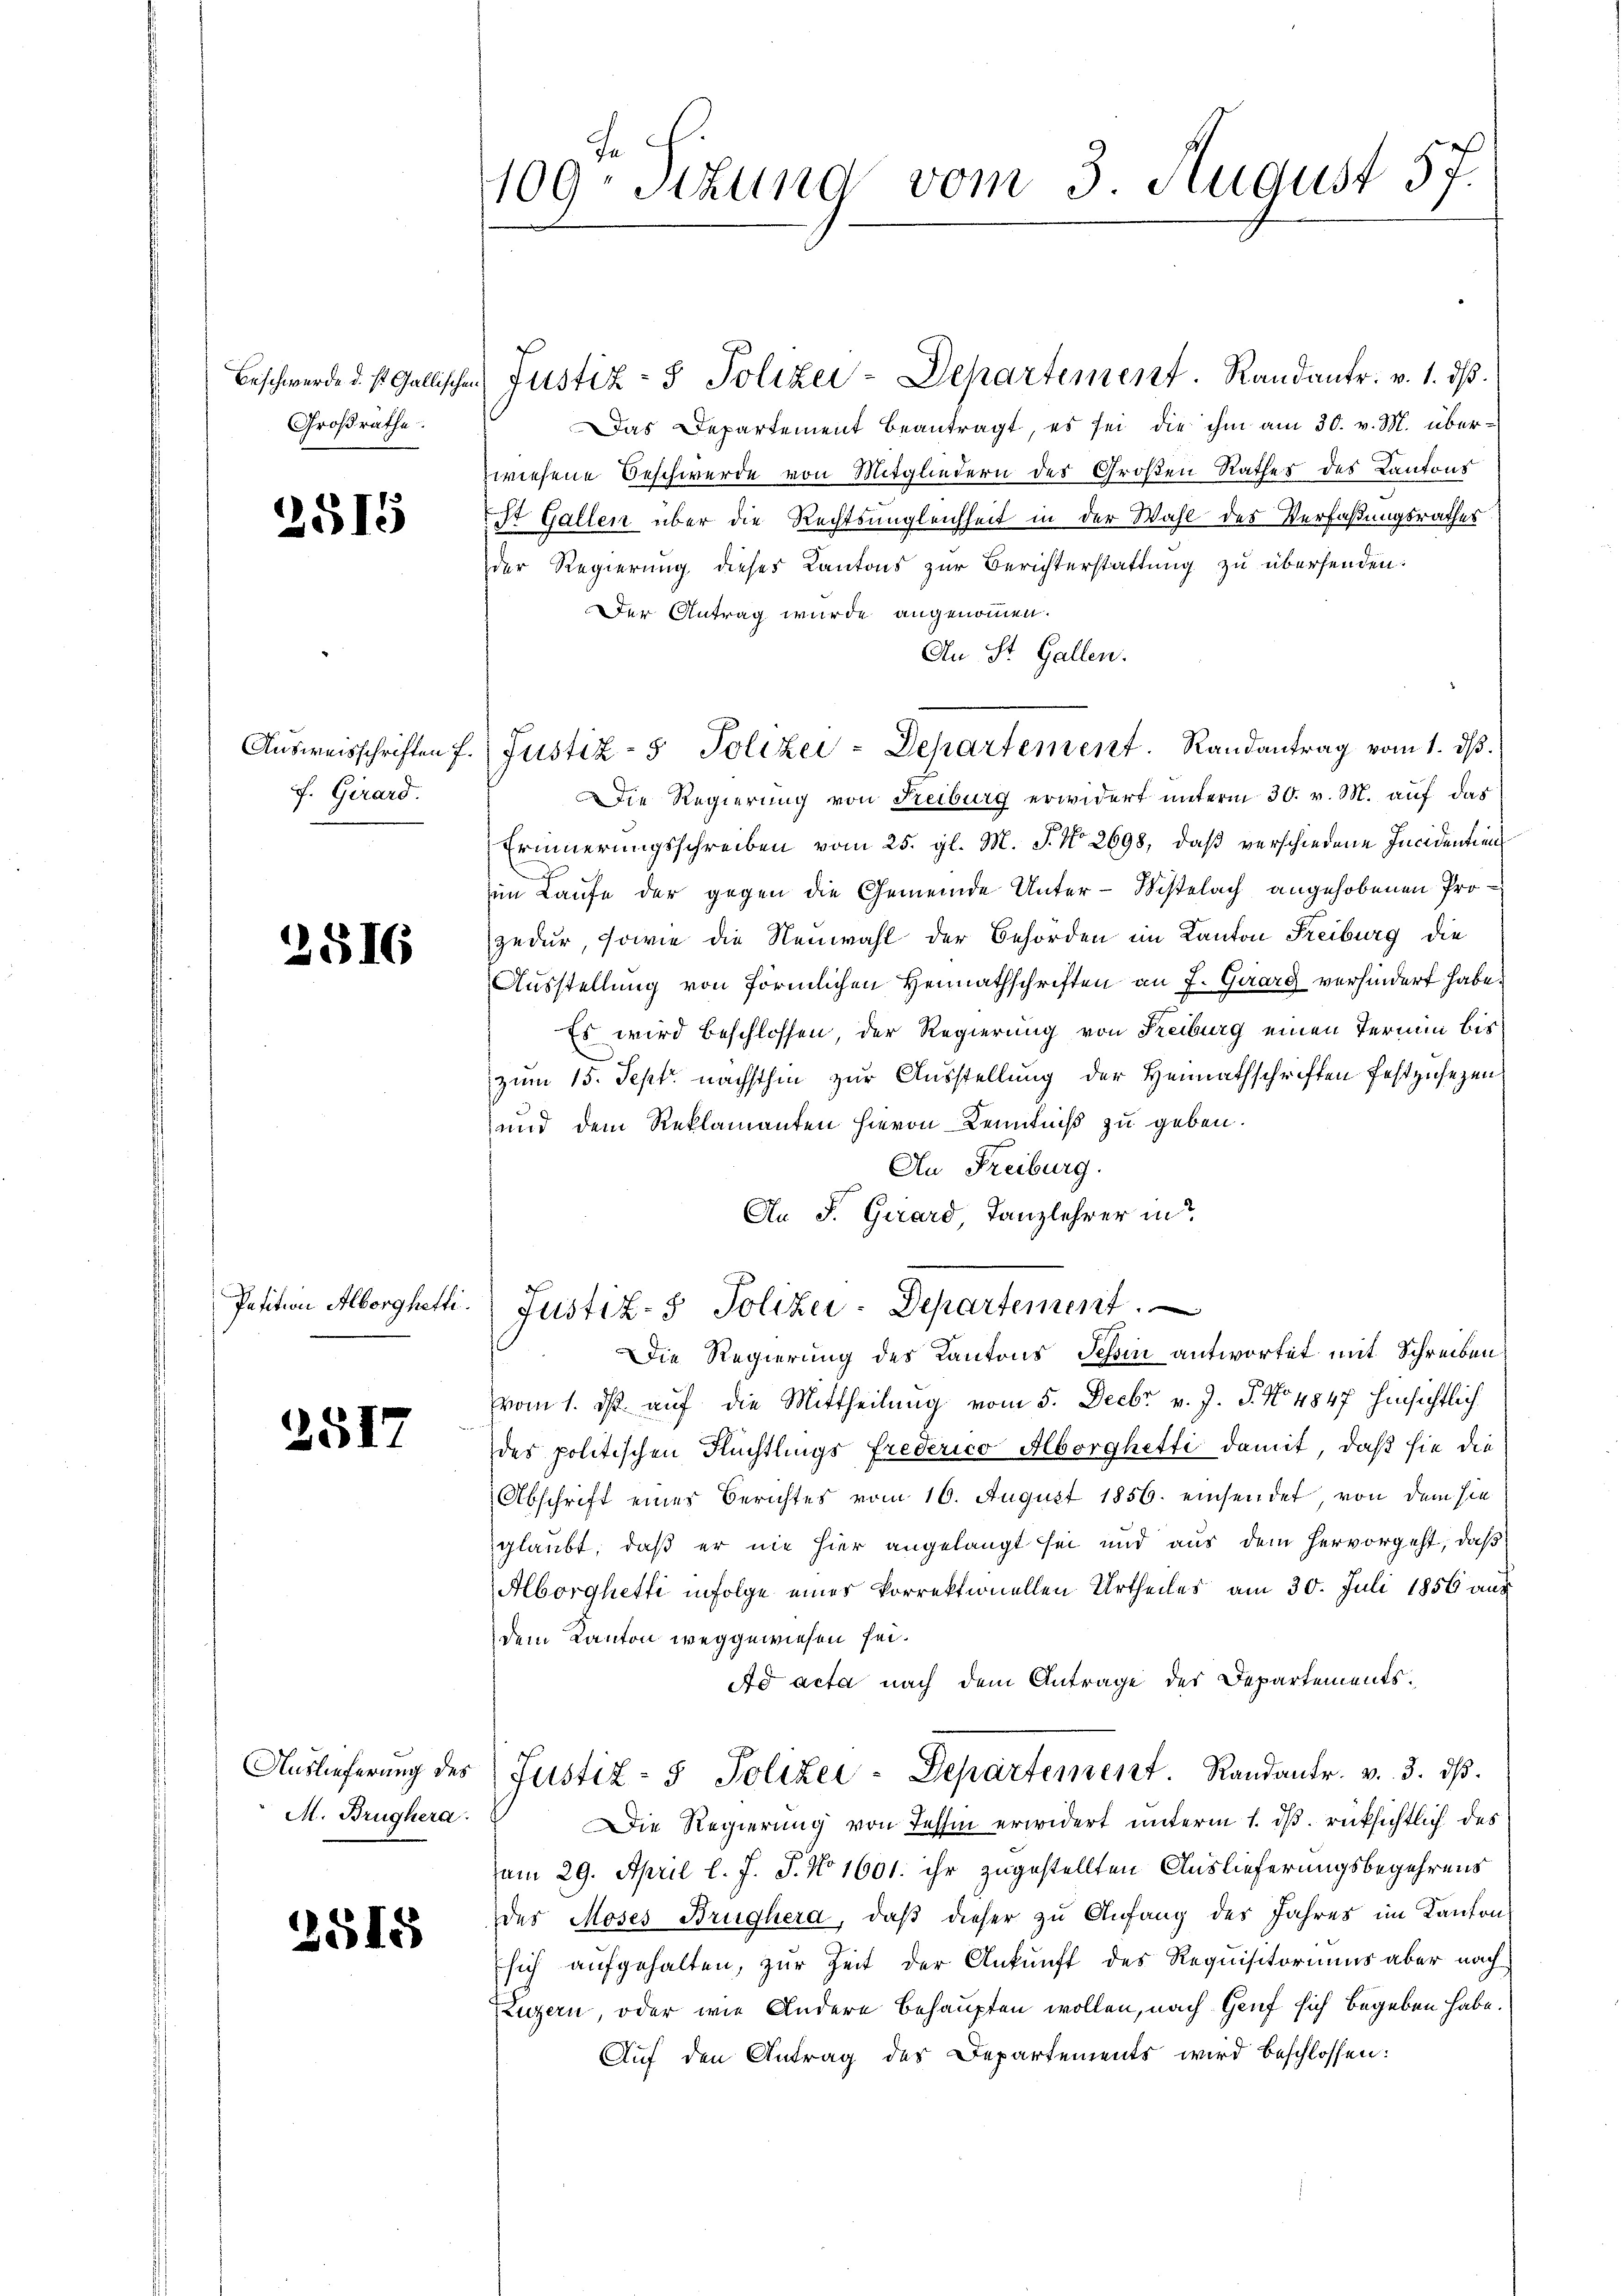
Beschwerde d. st. Gallischen
Großrathe

2515

f. Girard.

2516

2517

M. Brughera

1

2515

109. Sizung vom 3. August 57.

Justiz- & Polizei-Departement. Randantr. v. 1. ds.
Das Departement beantragt, es sei die ihm am 30. v. M. überwiesene Beschwerde von Mitgliedern des Großen Rathes des Kantons
St Gallen über die Rechtsungleichheit in der Wahl des Verfaßungsrathes
der Regierung dieses Kantons zur Berichterstattung zu übersenden.
Der Antrag wurde angenommen.
An St. Gallen.
Die Regierung von Freiburg erwidert unterm 30. v. M. auf das
Erinnerungsschreiben vom 25. gl. M. J. No 2698, daß verschiedene Incidentien
im Laufe der gegen die Gemeinde Unter-Mittelach angehobenen Prozedur, sowie die Neuwahl der Behörden im Kanton Freiburg die
Ausstellung von förmlichen Heimathschriften an J. Guarg verhindert habe.
Es wird beschlossen, der Regierung von Freiburg einen Termin bis
zum 15. Sept. nächsthin zur Ausstellung der Heimathschriften festzusezen
und dem Reklamanten hievon Kenntniß zu geben.
An Freiburg.
An F. Girard, Tanzlehrer in
Petition Alberg hetti. Justiz- & Polizei-Departement
Die Regierung des Kantons Schin antwortet mit Schreiben:
vom 1. ds. auf die Mittheilung vom 5. Decbr v. J. J. No 4847 hinsichtlich
des politischen Flüchtlings frederico Alborghetti damit, daß sie die
Abschrift eines Berichtes vom 16. August 1856. einsendet, von dem sie
glaubt, daß er nie hier angelangt sei und aus dem hervorgeht, daß
Aborghetti infolge eines Vorrektionellen Urtheiles am 30. Juli 1856 aus
dem Kanton weggewiesen sei.
Ad acta nach dem Antrage des Departements¬
Auslieferŭng des Justiz- & Polizei-Departement. Randantr. v. 3. dβ.
Die Regierung von Tessin erwidert unterm 1. dß. rücksichtlich des
am 29. April l. J. J. No 1601. ihr zugestellten Auslieferungsbegehrens
des Moses Brughera, daß dieser zu Anfang des Jahres im Kanton
sich aufgehalten, zur Zeit der Ankunft des Requisitoriums aber nach
Luzern, oder wie Andere behaupten wollen, nach Genf sich begeben habe.
Auf den Antrag des Departements wird beschlossen:

Aŭsweisschriften f. (Justiz- & Polizei-Departement. Randantrag vom 1. dβ.